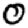
Digit: 0